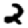
Digit: 2